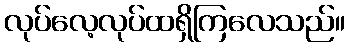
လုပ်လေ့လုပ်ထရှိကြလေသည်။